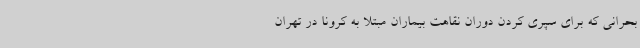
بحرانی که برای سپری کردن دوران نقاهت بیماران مبتلا به کرونا در تهران